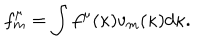
LaTeX: f _ { m } ^ { \mu } = \int f ^ { \mu } ( \kappa ) v _ { m } ( \kappa ) d \kappa .